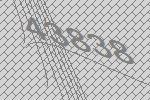
43838